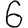
Digit: 6